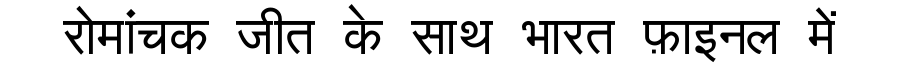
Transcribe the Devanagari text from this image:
रोमांचक जीत के साथ भारत फ़ाइनल में